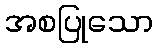
အစပြုသော